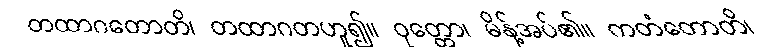
တထာဂတောတိ၊ တထာဂတဟူ၍။ ဝုတ္တော၊ မိန့်အပ်၏။ ကတံတောတိ၊